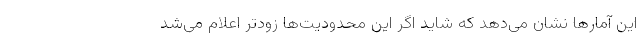
این آمارها نشان می‌دهد که شاید اگر این محدودیت‌ها زودتر اعلام می‌شد